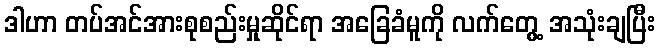
ဒါဟာ တပ်အင်အားစုစည်းမှုဆိုင်ရာ အခြေခံမူကို လက်တွေ့ အသုံးချပြီး